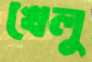
খেলু